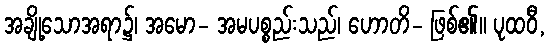
အချို့သောအရာ၌၊ အမော- အမပစ္စည်းသည်၊ ဟောတိ- ဖြစ်၏။ ပုထဝီ,